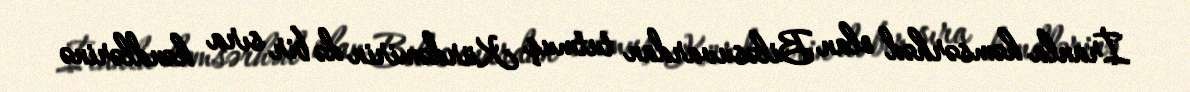
İranla həmsərhəd olan Biləsuvardan tutmuş Kürdəmirin də bir sıra kəndlərinə